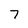
Character: 7